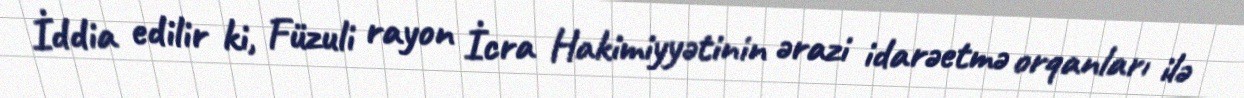
İddia edilir ki, Füzuli rayon İcra Hakimiyyətinin ərazi idarəetmə orqanları ilə